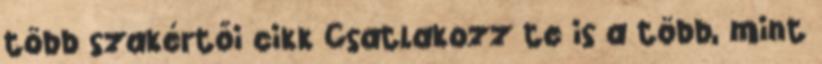
több szakértői cikk Csatlakozz te is a több, mint